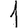
Digit: 1